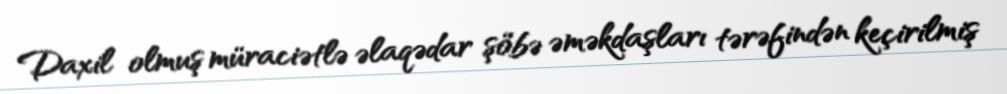
Daxil olmuş müraciətlə əlaqədar şöbə əməkdaşları tərəfindən keçirilmiş